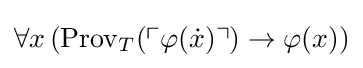
\forall x\,(\mathrm {Prov} _{T}(\ulcorner \varphi ({\dot {x}})\urcorner )\to \varphi (x))